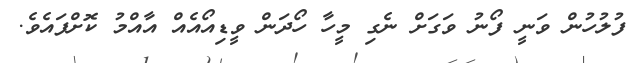
ފުލުހުން ވަނީ ފޯނު ވަގަށް ނެގި މީހާ ހޯދަން ވީޑިއޯއެއް އާއްމު ކޮށްފައެވެ.